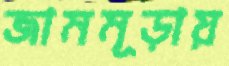
জামমূড়ায়